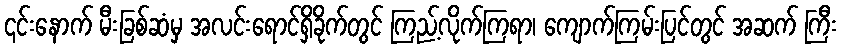
၎င်းနောက် မီးခြစ်ဆံမှ အလင်းရောင်ရှိခိုက်တွင် ကြည့်လိုက်ကြရာ၊ ကျောက်ကြမ်းပြင်တွင် အဆက် ကြီး